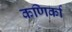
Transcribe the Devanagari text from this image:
कणिर्का